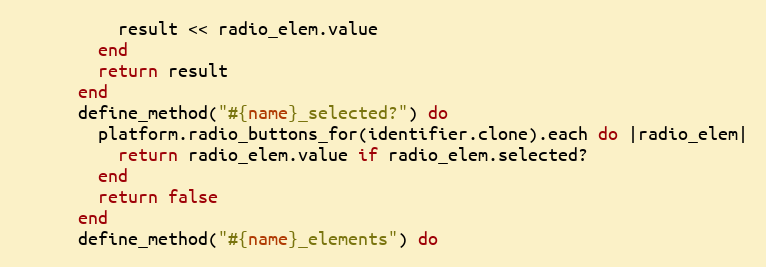
Language: Ruby
          result << radio_elem.value
        end
        return result
      end
      define_method("#{name}_selected?") do
        platform.radio_buttons_for(identifier.clone).each do |radio_elem|
          return radio_elem.value if radio_elem.selected?
        end
        return false
      end
      define_method("#{name}_elements") do